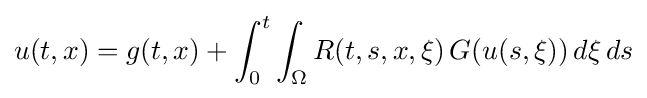
u(t,x)=g(t,x)+\int _{0}^{t}\int _{\Omega }R(t,s,x,\xi )\,G(u(s,\xi ))\,d\xi \,ds